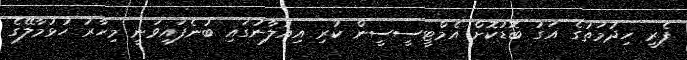
ފެރީ ހިދުމަތުގެ އަގު ބޮޑުކޮށް އެމްޓީސީސީން ކުރި އިއުލާނުގައި ބުނެފައިވަނީ މިހާރު ހުޅުމާލޭގެ